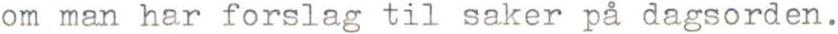
om man har forslag til saker på dagsorden.